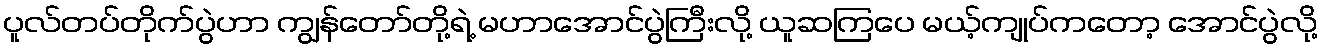
ပူလ်တပ်တိုက်ပွဲဟာ ကျွန်တော်တို့ရဲ့ မဟာအောင်ပွဲကြီးလို့ ယူဆကြပေ မယ့်ကျုပ်ကတော့ အောင်ပွဲလို့